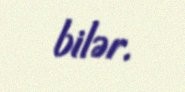
bilər.